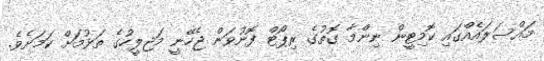
މައްސަލައެއްގައި ކޮމިޓީން ނިންމާ ގޮތުގެ ރިޕޯޓް ފޮނުވަން ޖެހޭނީ މަޖިލީހުގެ ތަޅުމަށް ކަމަށެވެ.